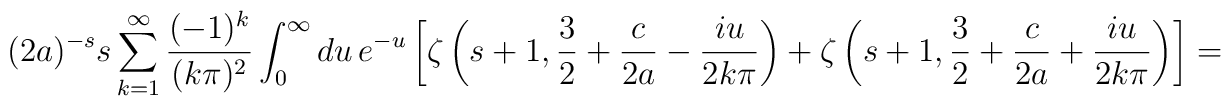
(2a)^{-s}s\sum_{k=1}^{\infty}\frac{(-1)^{k}}{(k\pi)^{2}}\int_{0}^{\infty}du\,e^{-u}\left[\zeta\left(s+1, \frac32 +\frac{c}{2a}-\frac{iu}{2k\pi}\right) + \zeta\left(s+1, \frac32 +\frac{c}{2a}+\frac{iu}{2k\pi}\right)\right]=